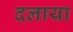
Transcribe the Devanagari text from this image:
दलाया